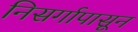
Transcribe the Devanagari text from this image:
निसर्गापासून